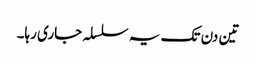
تین دن تک یہ سلسلہ جاری رہا۔